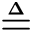
\triangleq